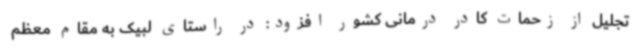
تجلیل از زحمات کادر درمانی کشور افزود: در راستای لبیک به مقام معظم